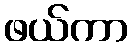
ဖယ်ကာ